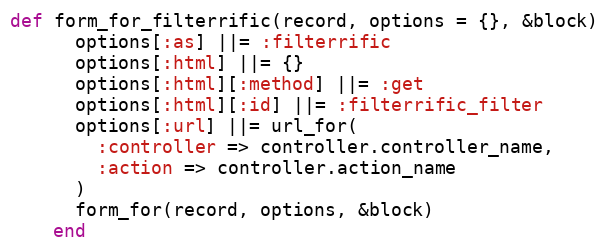
Language: Ruby
def form_for_filterrific(record, options = {}, &block)
      options[:as] ||= :filterrific
      options[:html] ||= {}
      options[:html][:method] ||= :get
      options[:html][:id] ||= :filterrific_filter
      options[:url] ||= url_for(
        :controller => controller.controller_name,
        :action => controller.action_name
      )
      form_for(record, options, &block)
    end